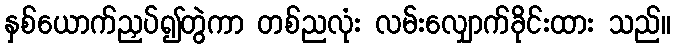
နှစ်ယောက်ညှပ်၍တွဲကာ တစ်ညလုံး လမ်းလျှောက်ခိုင်းထား သည်။